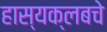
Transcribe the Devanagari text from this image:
हास्यक्लबचे